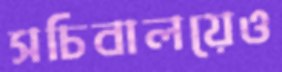
সচিবালয়েও